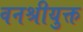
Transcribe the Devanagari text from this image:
वनश्रीयुक्त